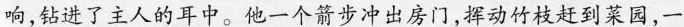
响，钻进了主人的耳中。他一个箭步冲出房门，挥动竹枝赶到菜园，一